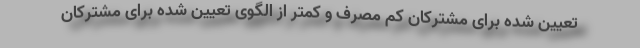
تعیین شده برای مشترکان کم مصرف و کمتر از الگوی تعیین شده برای مشترکان